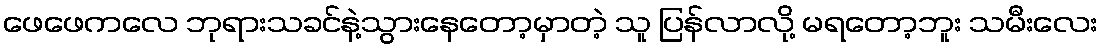
ဖေဖေကလေ ဘုရားသခင်နဲ့သွားနေတော့မှာတဲ့ သူ ပြန်လာလို့ မရတော့ဘူး သမီးလေး